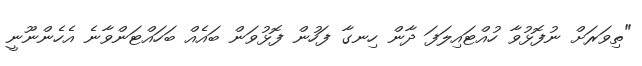
"ތިވަރަށް ނުފޮޅުވާ ހުއްޓައިލަފަ ދާން ހިނގާ ފަހުން ފޮޅުވަން ބައެއް ބަހައްޓަންވާނެ އެހެންނޫނީ